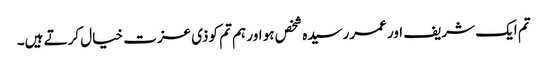
تم ایک شریف اور عمررسیدہ شخص ہو اور ہم تم کوذی عزت خیال کرتے ہیں۔